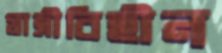
যাত্রীবিহীন